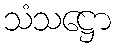
သံသဋ္ဌော